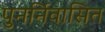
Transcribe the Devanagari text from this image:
पुनर्निवासित